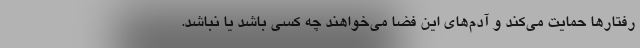
رفتارها حمایت می‌کند و آدم‌های این فضا می‌خواهند چه کسی باشد یا نباشد.